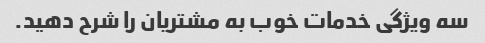
سه ویژگی خدمات خوب به مشتریان را شرح دهید.